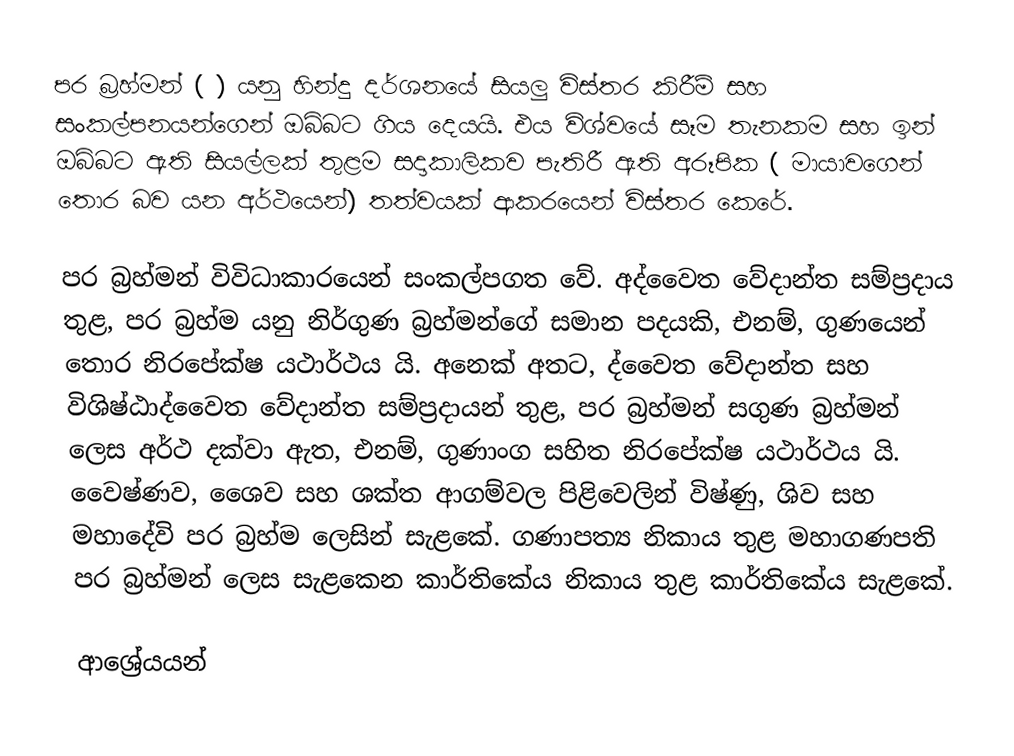
පර බ්‍රහ්මන් (  ) යනු හින්දු දර්ශනයේ සියලු විස්තර කිරීම් සහ සංකල්පනයන්ගෙන් ඔබ්බට ගිය දෙයයි. එය විශ්වයේ සෑම තැනකම සහ ඉන් ඔබ්බට ඇති සියල්ලක් තුළම සදාකාලිකව පැතිරී ඇති අරූපික ( මායාවගෙන් තොර බව යන අර්ථයෙන්) තත්වයක් ආකරයෙන් විස්තර කෙරේ.

පර බ්‍රහ්මන් විවිධාකාරයෙන් සංකල්පගත වේ. අද්වෛත වේදාන්ත සම්ප්‍රදාය තුළ, පර බ්‍රහ්ම යනු නිර්ගුණ බ්‍රහ්මන්ගේ සමාන පදයකි, එනම්, ගුණයෙන් තොර නිරපේක්ෂ යථාර්ථය යි. අනෙක් අතට, ද්වෛත වේදාන්ත සහ විශිෂ්ඨාද්වෛත වේදාන්ත සම්ප්‍රදායන් තුළ, පර බ්‍රහ්මන් සගුණ බ්‍රහ්මන් ලෙස අර්ථ දක්වා ඇත, එනම්, ගුණාංග සහිත නිරපේක්ෂ යථාර්ථය යි. වෛෂ්ණව, ශෛව සහ ශක්ත ආගම්වල පිළිවෙලින් විෂ්ණු, ශිව සහ මහාදේවි පර බ්‍රහ්ම ලෙසින් සැළකේ. ගණාපත්‍ය නිකාය තුළ මහාගණපති පර බ්‍රහ්මන් ලෙස සැළකෙන කාර්තිකේය නිකාය තුළ කාර්තිකේය සැළකේ.

ආශ්‍රේයයන්